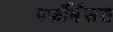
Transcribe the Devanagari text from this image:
पर्फौर्मंसस